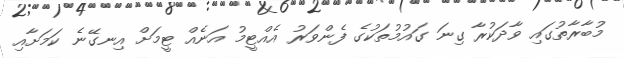
މުބާރާތުގައި ވާދަކުރާ ގިނަ ގައުމުތަކުގެ ފެންވަރު އެއްޓީމު އަނެއް ޓީމަށް އިނގޭނެ ކަމަށާއި